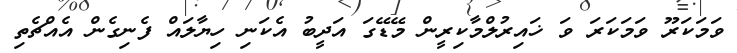
ވަމަކަރޫ ވަމަކަރަ ވަ ޚައިރުލްމާކިރީން މޭޑޭގަ އަދީބު އެކަނި ހިޔާލައް ފެނިގެން އެއްޗެތި